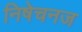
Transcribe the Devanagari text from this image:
निषेचनज